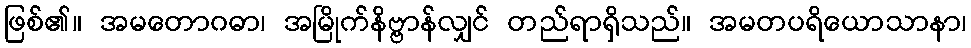
ဖြစ်၏။ အမတောဂဓာ၊ အမြိုက်နိဗ္ဗာန်လျှင် တည်ရာရှိသည်။ အမတပရိယောသာနာ၊